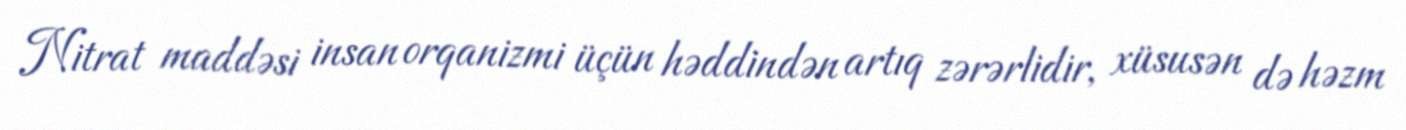
Nitrat maddəsi insan orqanizmi üçün həddindən artıq zərərlidir, xüsusən də həzm